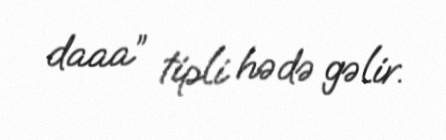
daaa” tipli hədə gəlir.